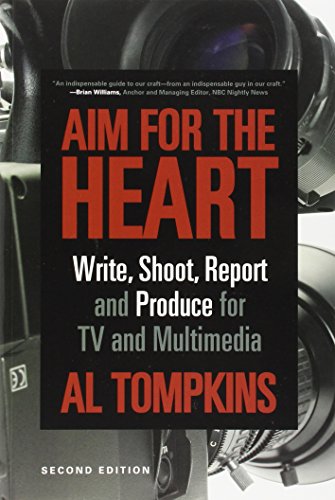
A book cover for Aim for the Heart: Write, Shoot, Report and Produce for TV and Multimedia; Al Tompkins; Humor & Entertainment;